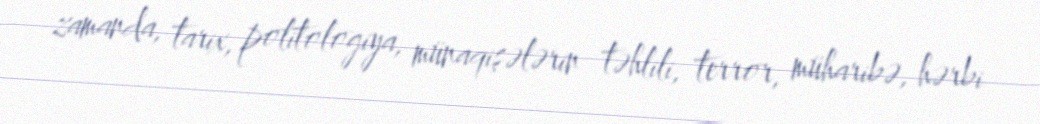
zamanda, tarix, politologiya, münaqişələrin təhlili, terror, müharibə, hərbi